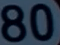
80